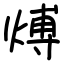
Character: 煿